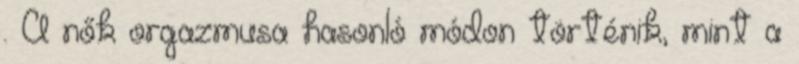
. A nők orgazmusa hasonló módon történik, mint a